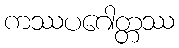
ကဿပဂေါတ္တဿ